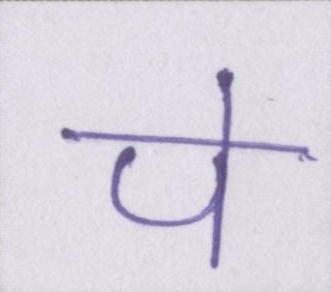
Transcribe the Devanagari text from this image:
पे